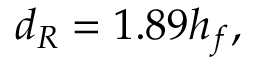
d _ { R } = 1 . 8 9 h _ { f } ,